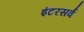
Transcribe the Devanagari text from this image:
इंटरसर्व